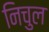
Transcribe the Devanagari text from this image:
निचुल